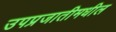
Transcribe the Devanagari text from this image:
उपप्रजातीमधील